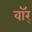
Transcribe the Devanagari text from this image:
वॉर्